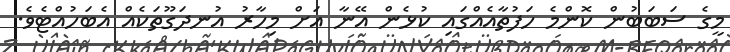
މީގެ ސަބަބުން ކޮންމެ ހަފުތާއެއްގައި ކުޅެން އޭނާ އަށް މިހާރު އުނދަގޫތަކެއް އެބަހުއްޓެވެ.